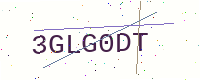
Text: 3GLG0DT